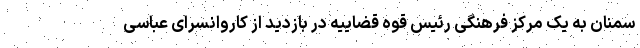
سمنان به یک مرکز فرهنگی رئیس قوه قضاییه در بازدید از کاروانسرای عباسی